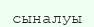
сыналуы